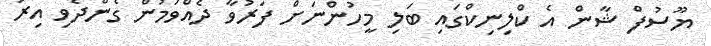
ޔޫސުފް ޝާން އެ ކްލިނިކްގައި ބަލި މީހުންނަށް ފަރުވާ ދެއްވަމުން ގެންދެވި އިރު